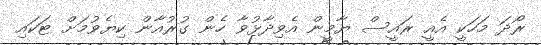
ރޯދަ މަހަކީ އެއީ ރައީސް ޔާމީން އެވިދާޅުވާ ހެން ގުރުއާން ކިޔެވުމަށް ޓަކައި